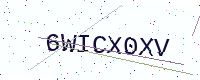
Text: 6WICX0XV